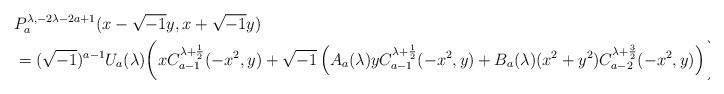
LaTeX: \begin{align*}&P^{\lambda, -2\lambda-2a+1}_a(x-\sqrt{-1}y, x+\sqrt{-1}y)\\&=(\sqrt{-1})^{a-1}U_a(\lambda)\bigg(xC^{\lambda+\frac{1}{2}}_{a-1}(-x^2, y) +\sqrt{-1}\left( A_a(\lambda) y C^{\lambda+\frac{1}{2}}_{a-1}(-x^2, y)+ B_a(\lambda) (x^2 + y^2) C^{\lambda+\frac{3}{2}}_{a-2}(-x^2, y)\right) \bigg).\end{align*}